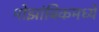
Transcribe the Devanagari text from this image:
मोझांबिकमध्ये